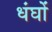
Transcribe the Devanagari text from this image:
धंघों